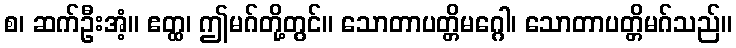
စ၊ ဆက်ဦးအံ့။ ဧတ္ထ၊ ဤမဂ်တို့တွင်။ သောတာပတ္တိမဂ္ဂေါ၊ သောတာပတ္တိမဂ်သည်။